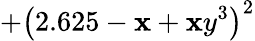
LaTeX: +\left(2.625-\mathbf{x}+\mathbf{x}y^{3}\right)^{2}